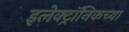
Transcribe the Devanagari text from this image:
इलेक्ट्रॉनिकच्या